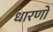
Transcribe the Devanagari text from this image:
धारणो